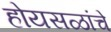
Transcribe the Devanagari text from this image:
होयसळांचे